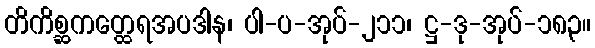
တိကိစ္ဆကတ္ထေရအပဒါန၊ ပါ-ပ-အုပ်-၂၁၁၊ ဋ္ဌ-ဒု-အုပ်-၁၈၃။